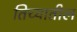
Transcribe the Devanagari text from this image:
तिच्‍यातील